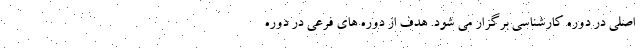
اصلی در دوره کارشناسی برگزار می شود. هدف از دوره های فرعی در دوره